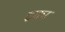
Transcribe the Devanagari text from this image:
इका